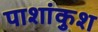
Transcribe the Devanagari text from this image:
पाशांकुश